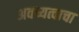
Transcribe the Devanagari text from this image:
अवध्यत्वाचा